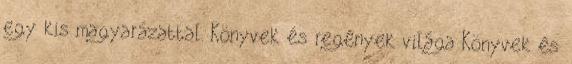
egy kis magyarázattal. Könyvek és regények világa Könyvek és